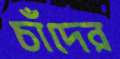
চাঁদের